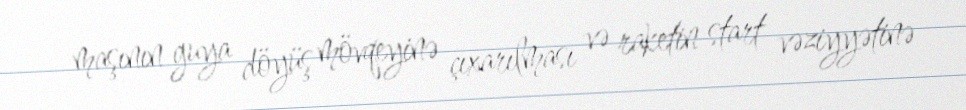
maşının guya döyüş mövqeyinə çıxarılması və raketin start vəziyyətinə